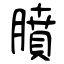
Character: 膹